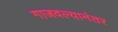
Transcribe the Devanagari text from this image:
गाजवल्यानंतर